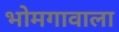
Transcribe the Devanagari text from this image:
भोमगावाला